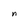
Character: n